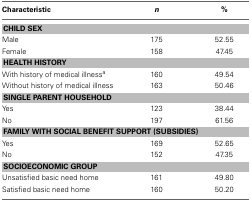
| Characteristic | n | % |
 | --- | --- | --- |
 | <COLSPAN=3> CHILD SEX |
 | Male | 175 | 52.55 |
 | Female | 158 | 47.45 |
 | <COLSPAN=3> HEALTH HISTORY |
 | With history of medical illnessa | 160 | 49.54 |
 | Without history of medical illness | 163 | 50.46 |
 | <COLSPAN=3> SINGLE PARENT HOUSEHOLD |
 | Yes | 123 | 38.44 |
 | No | 197 | 61.56 |
 | <COLSPAN=3> FAMILY WITH SOCIAL BENEFIT SUPPORT (SUBSIDIES) |
 | Yes | 169 | 52.65 |
 | No | 152 | 47.35 |
 | <COLSPAN=3> SOCIOECONOMIC GROUP |
 | Unsatisfied basic need home | 161 | 49.80 |
 | Satisfied basic need home | 160 | 50.20 |